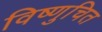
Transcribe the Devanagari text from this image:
विष्णुचित